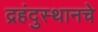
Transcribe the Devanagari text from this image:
द्रहंदुस्थानचे